Lunatic asylums in Bengal annual reports 1912-1924 - 1912-1924
Year: 1912
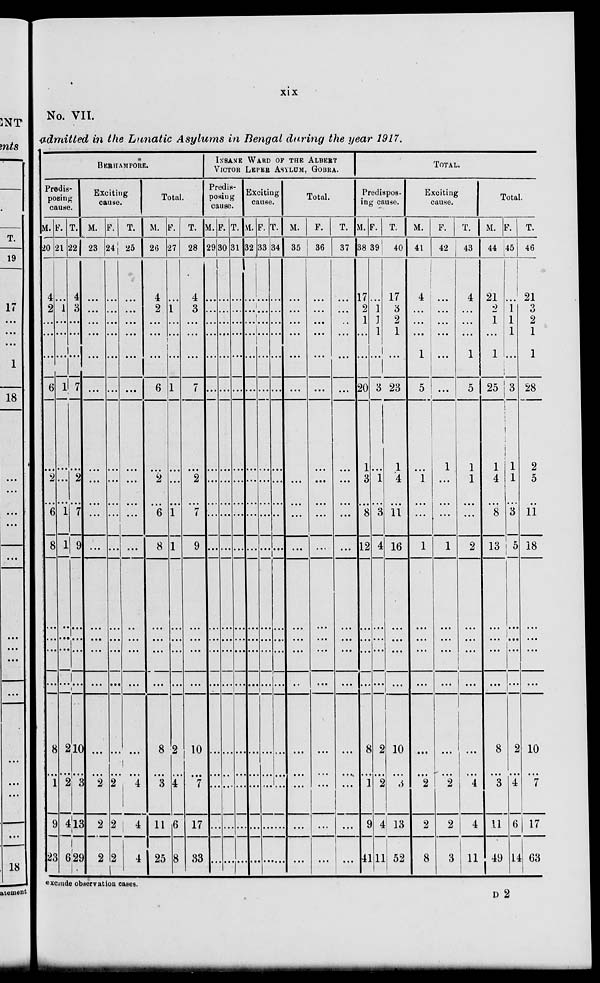
xix
No. VII.
admitted in the Lunatic Asylums in Bengal during the year 1917.
BERHAMPORE.
Predis-
posing
cause.
M.
20
4
2
...
...
...
6
...
2
...
6
8
...
...
...
...
8
...
1
9
23
F.
21
...
1
...
...
...
1
...
...
...
1
1
...
...
...
...
2
...
2
4
6
T.
22
4
3
...
....
...
7
...
2
...
7
9
...
...
...
...
10
...
3
13
29
Exciting
cause.
M.
23
...
...
...
...
...
...
...
...
...
...
...
...
...
...
...
...
...
2
2
2
F.
24
...
...
...
...
...
...
...
...
...
...
...
...
...
...
...
...
...
2
2
2
T.
25
...
...
...
...
...
...
...
...
...
...
...
...
...
...
...
...
...
4
4
4
Total.
M.
26
4
2
...
...
...
6
...
2
...
6
8
...
...
...
...
8
...
3
11
25
F.
27
...
1
...
...
...
1
...
...
...
1
1
...
...
...
...
2
...
4
6
8
T.
28
4
3
...
...
...
7
...
2
...
7
9
...
...
...
...
10
...
7
17
33
INSANE WARD OF THE ALBERT
VICTOR LEPER ASYLUM, GOBRA.
Predis-
posing
cause.
M.
29
...
...
...
...
...
...
...
...
...
...
...
...
...
...
...
...
...
...
...
...
F.
30
...
...
...
...
...
...
...
...
...
...
...
...
...
...
...
...
...
...
...
...
T.
31
...
...
...
...
...
...
...
...
...
...
...
...
...
...
...
...
...
...
...
...
Exciting
cause.
M.
32
...
...
...
...
...
...
...
...
...
...
...
...
...
...
...
...
...
...
...
...
F.
33
...
...
...
...
...
...
...
...
...
...
...
...
...
...
...
...
...
...
...
...
T.
34
...
...
...
...
...
...
...
...
...
...
...
...
...
...
...
...
...
...
...
...
Total.
M.
35
...
...
...
...
...
...
...
...
...
...
...
...
...
...
...
...
...
...
...
...
F.
36
...
...
...
...
...
...
...
...
...
...
...
...
...
...
...
...
...
...
...
...
T.
37
...
...
...
...
...
...
...
...
...
...
...
...
...
...
...
...
...
...
...
...
TOTAL.
Predispos-
ing cause.
M.
38
17
2
1
...
...
20
1
3
...
8
12
...
...
...
...
8
...
1
9
41
F.
39
...
1
1
1
...
3
...
1
...
3
4
...
...
...
...
2
...
2
4
11
T.
40
17
3
2
1
...
23
1
4
...
11
16
...
...
...
...
10
...
3
13
52
Exciting
cause.
M.
41
4
...
...
...
1
5
...
1
...
...
1
...
...
...
...
...
...
2
2
8
F.
42
...
...
...
...
...
...
1
...
...
...
1
...
...
...
...
...
...
2
2
3
T.
43
4
...
...
...
1
5
1
1
...
...
2
...
...
...
...
...
...
4
4
11
Total.
M.
44
21
2
1
...
1
25
1
4
...
8
13
...
...
...
...
8
...
3
11
49
F.
45
...
1
1
1
...
3
1
1
...
3
5
...
...
...
...
2
...
4
6
14
T.
46
21
3
2
1
1
28
2
5
...
11
18
...
...
...
...
10
...
7
17
63
exclude observation cases.
D 2